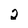
Character: 2